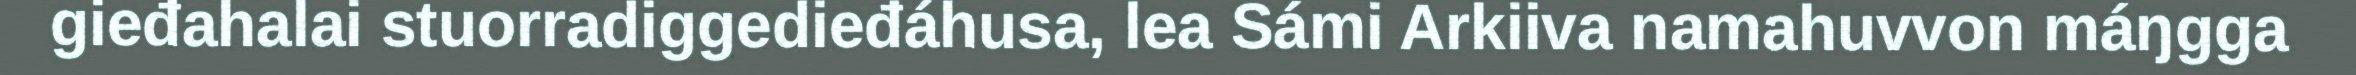
gieđahalai stuorradiggedieđáhusa, lea Sámi Arkiiva namahuvvon máŋgga